Lunatic asylums Central Provinces reports 1886-1894 - 1886-1894
Year: 1886
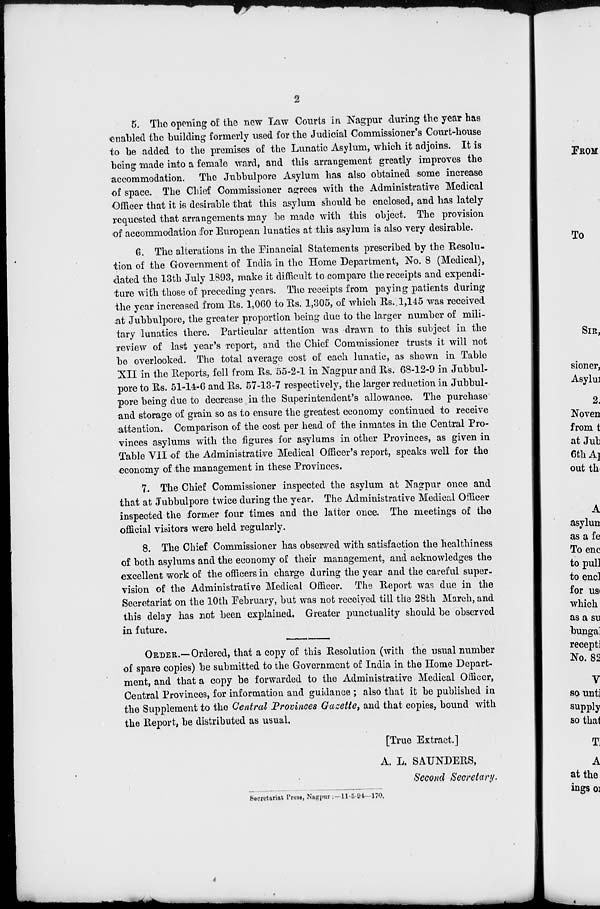
2
5. The opening of the new Law Courts in Nagpur during the year has
enabled the building formerly used for the Judicial Commissioner's Court-house
to be added to the premises of the Lunatic Asylum, which it adjoins. It is
being made into a female ward, and this arrangement greatly improves the
accommodation. The Jubbulpore Asylum has also obtained some increase
of space. The Chief Commissioner agrees with the Administrative Medical
Officer that it is desirable that this asylum should be enclosed, and has lately
requested that arrangements may be made with this object. The provision
of accommodation for European lunatics at this asylum is also very desirable.
6. The alterations in the Financial Statements prescribed by the Resolu-
tion of the Government of India in the Home Department, No. 8 (Medical),
dated the 13th July 1893, make it difficult to compare the receipts and expendi-
ture with those of preceding years. The receipts from paying patients during
the year increased from Rs. 1,060 to Rs. 1,305, of which Rs. 1,145 was received
at Jubbulpore, the greater proportion being due to the larger number of mili-
tary lunatics there. Particular attention was drawn to this subject in the
review of last year's report, and the Chief Commissioner trusts it will not
be overlooked. The total average cost of each lunatic, as shown in Table
XII in the Reports, fell from Rs. 55-2-1 in Nagpur and Rs. 68-12-9 in Jubbul-
pore to Rs. 51-14-6 and Rs. 57-13-7 respectively, the larger reduction in Jubbul-
pore being due to decrease in the Superintendent's allowance. The purchase
and storage of grain so as to ensure the greatest economy continued to receive
attention. Comparison of the cost per head of the inmates in the Central Pro-
vinces asylums with the figures for asylums in other Provinces, as given in
Table VII of the Administrative Medical Officer's report, speaks well for the
economy of the management in these Provinces.
7. The Chief Commissioner inspected the asylum at Nagpur once and
that at Jubbulpore twice during the year. The Administrative Medical Officer
inspected the former four times and the latter once. The meetings of the
official visitors were held regularly.
8. The Chief Commissioner has observed with satisfaction the healthiness
of both asylums and the economy of their management, and acknowledges the
excellent work of the officers in charge during the year and the careful super-
vision of the Administrative Medical Officer. The Report was due in the
Secretariat on the 10th February, but was not received till the 28th March, and
this delay has not been explained. Greater punctuality should be observed
in future.
ORDER.—Ordered, that a copy of this Resolution (with the usual number
of spare copies) be submitted to the Government of India in the Home Depart-
ment, and that a copy be forwarded to the Administrative Medical Officer,
Central Provinces, for information and guidance ; also that it be published in
the Supplement to the Central Provinces Gazette, and that copies, bound with
the Report, be distributed as usual.
[True Extract.]
A. L. SAUNDERS,
Second Secretary.
Secretariat Press, Nagpur : —11-5-94—170.